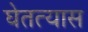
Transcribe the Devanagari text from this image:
घेतत्यास